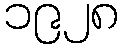
၁၉၂၈